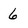
Character: 6